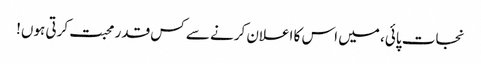
نجات پائی، میں اس کا اعلان کرنے سے کس قدر محبت کرتی ہوں!